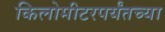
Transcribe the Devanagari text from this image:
किलोमीटरपर्यंतच्या